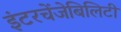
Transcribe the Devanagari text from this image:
इंटरचेंजेबिलिटी